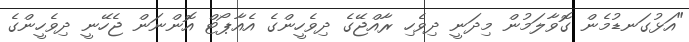
"އަޅުގަނޑުމެން ގޮވާލަމުން މިދަނީ ދިވެހި ރާއްޖޭގެ ދިވެހީންގެ އެއާޕޯޓް އޮންނަން ޖެހޭނީ ދިވެހީންގެ